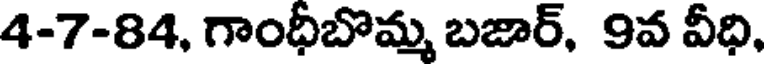
4-7-84, గాంధీబొమ్మ బజార్, 9వ వీధి,